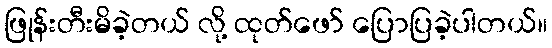
ဖြုန်းတီးမိခဲ့တယ် လို့ ထုတ်ဖော် ပြောပြခဲ့ပါတယ်။